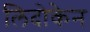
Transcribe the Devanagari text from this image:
लिदोकेन